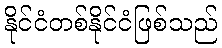
နိုင်ငံတစ်နိုင်ငံဖြစ်သည်